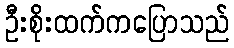
ဦးစိုးထက်ကပြောသည်